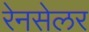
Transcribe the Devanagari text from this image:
रेनसेलर